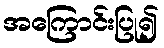
အကြောင်းပြု၍